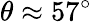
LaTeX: \theta\approx 57^{\circ}